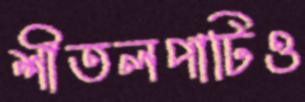
শীতলপাটিও